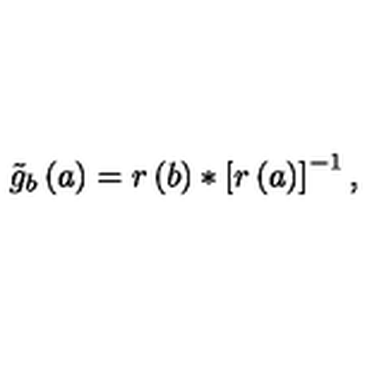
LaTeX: \tilde { g } _ { b } \left( a \right) = r \left( b \right) * \left[ r \left( a \right) \right] ^ { - 1 } ,